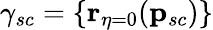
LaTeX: \mathbf{\gamma}_{sc}=\{ \mathbf{r}_{\eta=0}(\mathbf{p}_{sc})\}